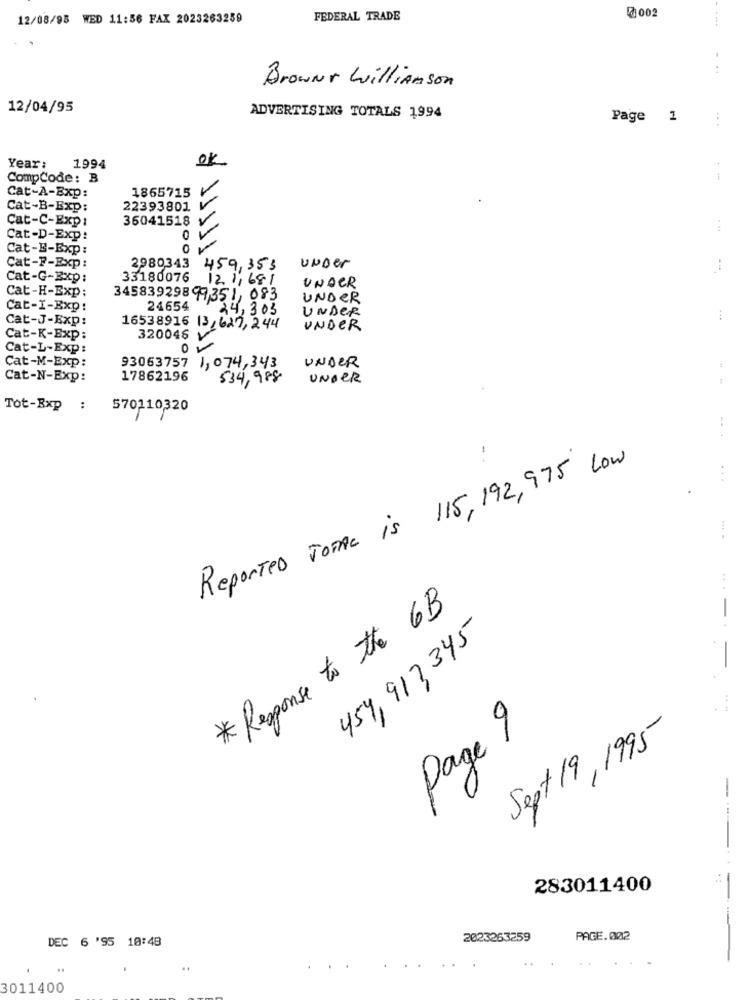
12/08/98 WED 11:56 FAX 2023263259
FEDERAL TRADE
@002
. ..
Brownr Williamson
12/04/95
ADVERTISING TOTALS 1994
Page 1
ok
Year:
1994
CompCode: B
--
1865715
Cat-A-Bxp:
Cat-B-Exp:
22393801
Cat-C-Exp:
36041518
Cat-D-Exp:
0
Cat-E-Exp:
0
2980343
Cat-F-Exp:
459,353
UNDer
Cat-G-Exp:
33180076
121,681
UNDER
Cat-H-Exp:
34583929897351, 083
UNDER
Cat-I-Exp:
24654
24,303
UNDER
Cat-J-Exp:
...
16538916 13, 627, 244
UNDER
Cat-K-Exp:
320046 V
Cat-L-Exp:
Cat-M-Exp:
93063757 1,074,343
UNDER
Cat-N-Exp:
17862196
534,988
UNDER
Tot-Exp :
570110320
...
Reported TOTAL is 115, 192, 975 Low
-.
* Response to the 6B
454, 913345
----
Page 9
Sept 19, 1995
283011400
DEC 6 '95 10:48
2023263259
PAGE.002
--
.
3011400